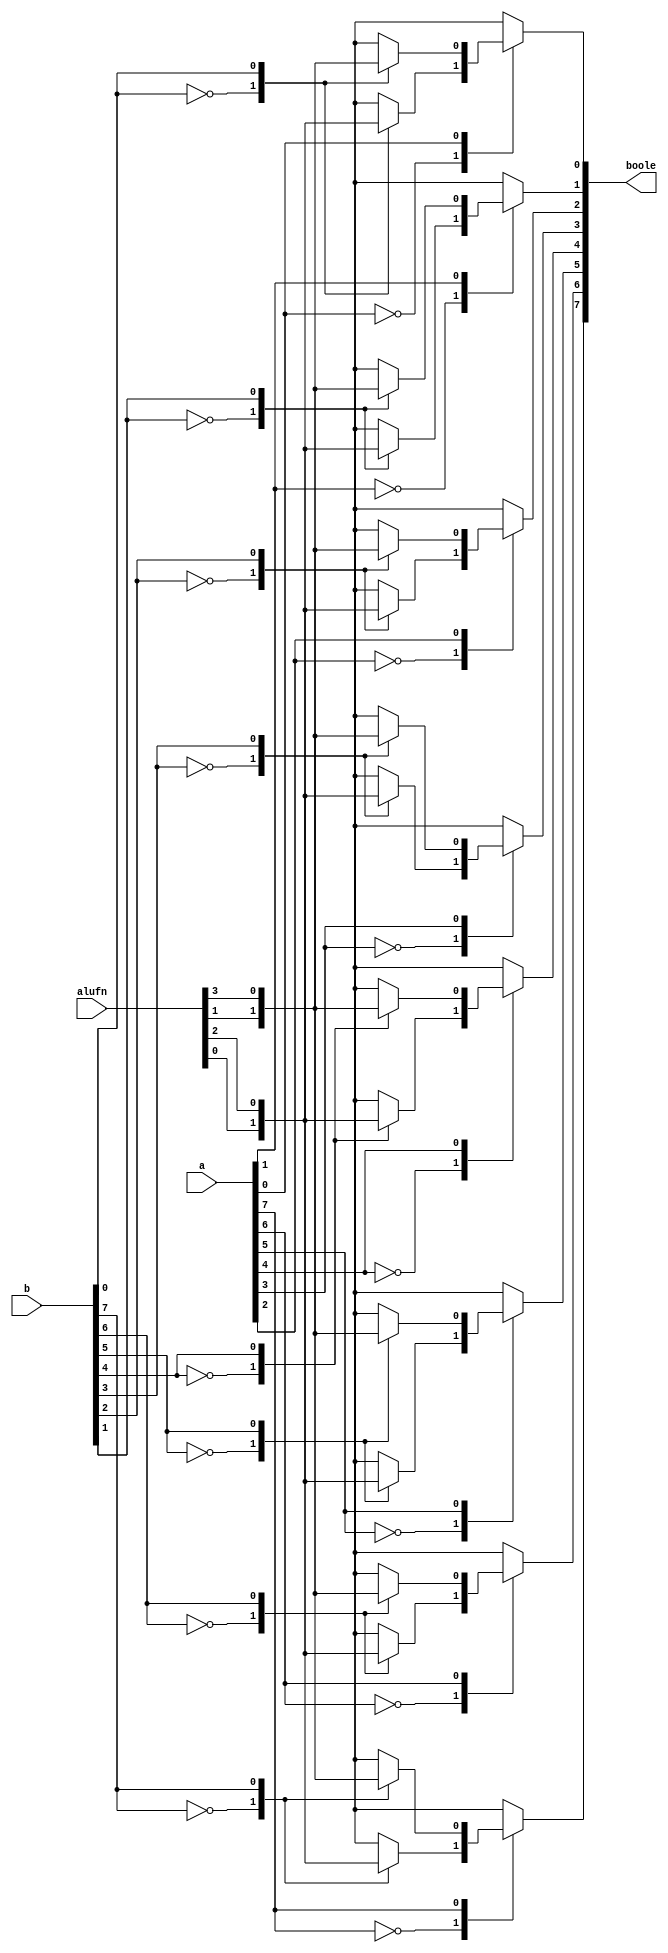
/*
   This file was generated automatically by the Mojo IDE version B1.3.4.
   Do not edit this file directly. Instead edit the original Lucid source.
   This is a temporary file and any changes made to it will be destroyed.
*/

module boole_4 (
    input [5:0] alufn,
    input [7:0] a,
    input [7:0] b,
    output reg [7:0] boole
  );
  
  
  
  integer i;
  
  always @* begin
    boole = 1'h0;
    for (i = 1'h0; i < 4'h8; i = i + 1) begin
      
      case (a[(i)*1+0-:1])
        1'h0: begin
          
          case (b[(i)*1+0-:1])
            1'h0: begin
              boole[(i)*1+0-:1] = alufn[0+0-:1];
            end
            1'h1: begin
              boole[(i)*1+0-:1] = alufn[2+0-:1];
            end
          endcase
        end
        1'h1: begin
          
          case (b[(i)*1+0-:1])
            1'h0: begin
              boole[(i)*1+0-:1] = alufn[1+0-:1];
            end
            1'h1: begin
              boole[(i)*1+0-:1] = alufn[3+0-:1];
            end
          endcase
        end
      endcase
    end
  end
endmodule